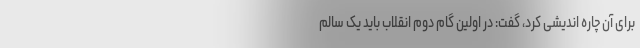
برای آن چاره اندیشی کرد، گفت: در اولین گام دوم انقلاب باید یک سالم